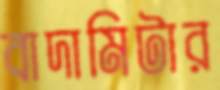
বাদামিটার